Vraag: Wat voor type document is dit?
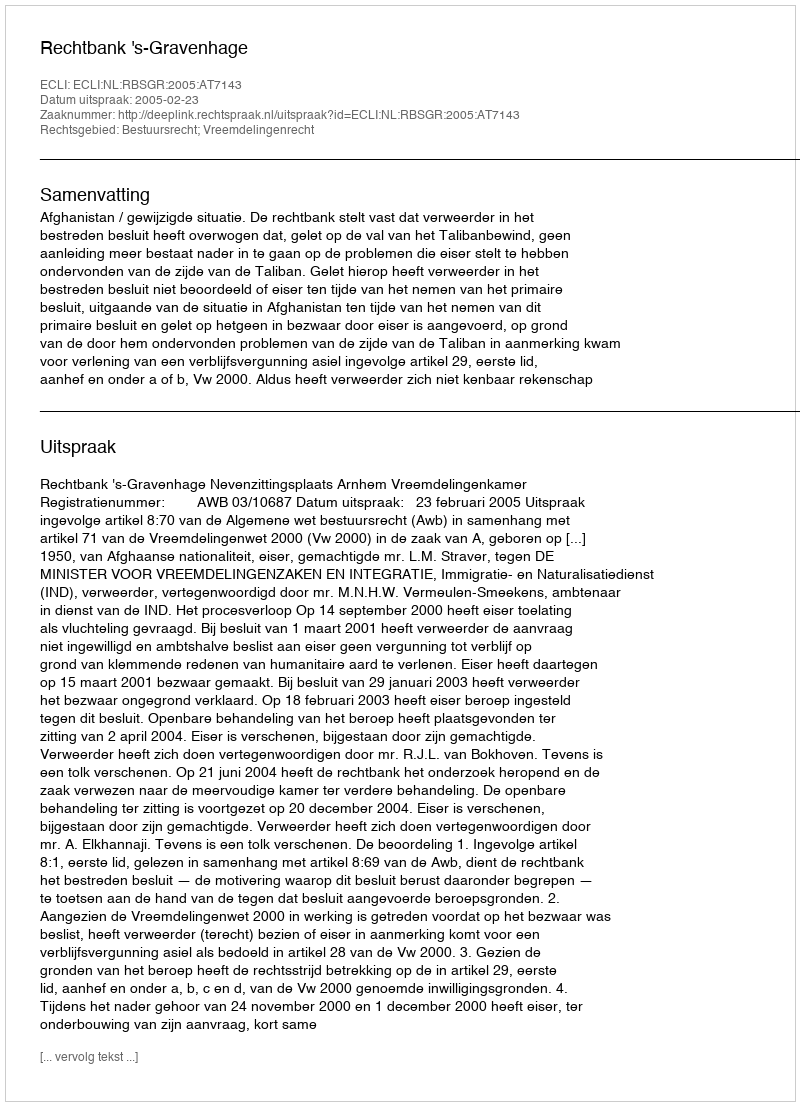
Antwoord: Uitspraak